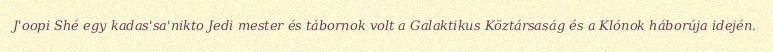
J'oopi Shé egy kadas'sa'nikto Jedi mester és tábornok volt a Galaktikus Köztársaság és a Klónok háborúja idején.